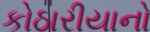
કોઠારીયાનો